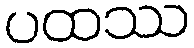
ပထဿ